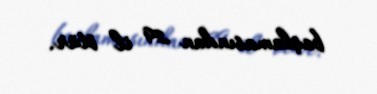
başlamasından 29 il ötür.